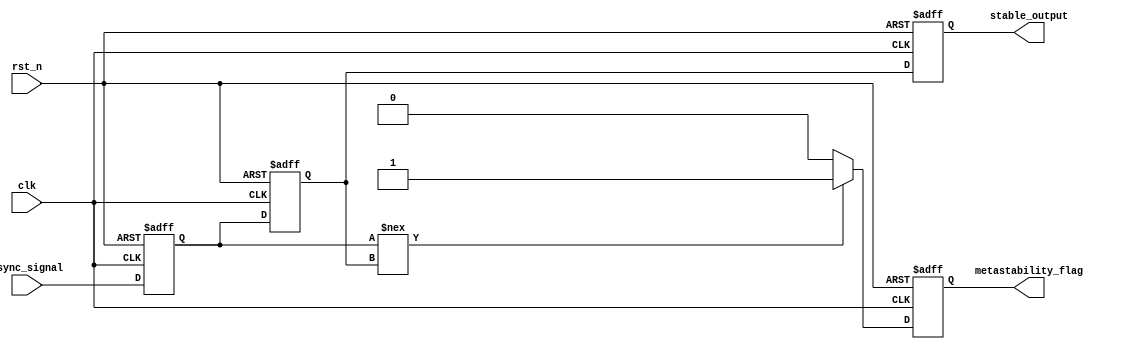
module metastability_detector (
    input wire clk,               // Synchronous clock input
    input wire async_signal,      // Asynchronous input signal
    input wire rst_n,             // Asynchronous reset (active low)
    output reg stable_output,      // Stabilized output signal
    output reg metastability_flag  // Metastability indicator
);

    // Internal signals for latch outputs
    reg latch1_out;
    reg latch2_out;

    // Latch 1: Samples the asynchronous input signal
    always @(posedge clk or negedge rst_n) begin
        if (!rst_n) begin
            latch1_out <= 1'b0;  // Initialize latch1 output to 0
        end else begin
            latch1_out <= async_signal; // Sample the asynchronous signal
        end
    end

    // Latch 2: Samples the output of latch 1
    always @(posedge clk or negedge rst_n) begin
        if (!rst_n) begin
            latch2_out <= 1'b0; // Initialize latch2 output to 0
        end else begin
            latch2_out <= latch1_out; // Sample the output of latch1
        end
    end

    // Output stabilization logic
    always @(posedge clk or negedge rst_n) begin
        if (!rst_n) begin
            stable_output <= 1'b0;      // Initialize stable output to 0
            metastability_flag <= 1'b0; // No metastability initially
        end else begin
            stable_output <= latch2_out; // Update stable output from latch2
            
            // Check for metastability condition
            if (latch1_out !== latch2_out) begin
                metastability_flag <= 1'b1; // Metastability detected
            end else begin
                metastability_flag <= 1'b0; // No metastability
            end
        end
    end

endmodule